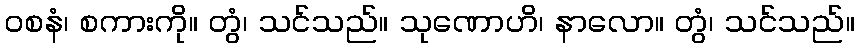
ဝစနံ၊ စကားကို။ တွံ၊ သင်သည်။ သုဏောဟိ၊ နာလော။ တွံ၊ သင်သည်။